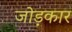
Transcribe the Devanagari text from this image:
जोड़कार